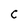
Character: C